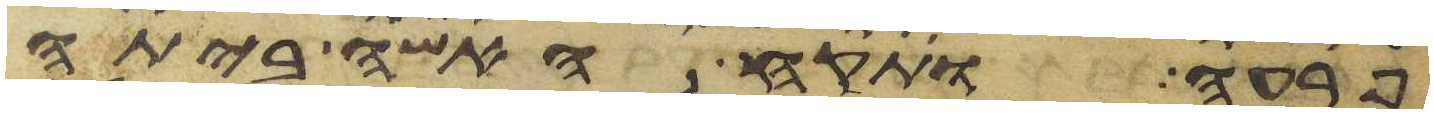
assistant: פרעה ותקח האשה ביתה